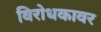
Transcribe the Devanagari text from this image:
विरोधकावर